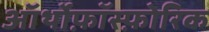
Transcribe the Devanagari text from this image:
ऑर्थोफ़ॉस्फ़ोरिक